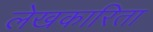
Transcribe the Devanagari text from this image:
लेखकारिता